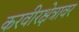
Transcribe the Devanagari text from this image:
करवीरक्षेत्रावर